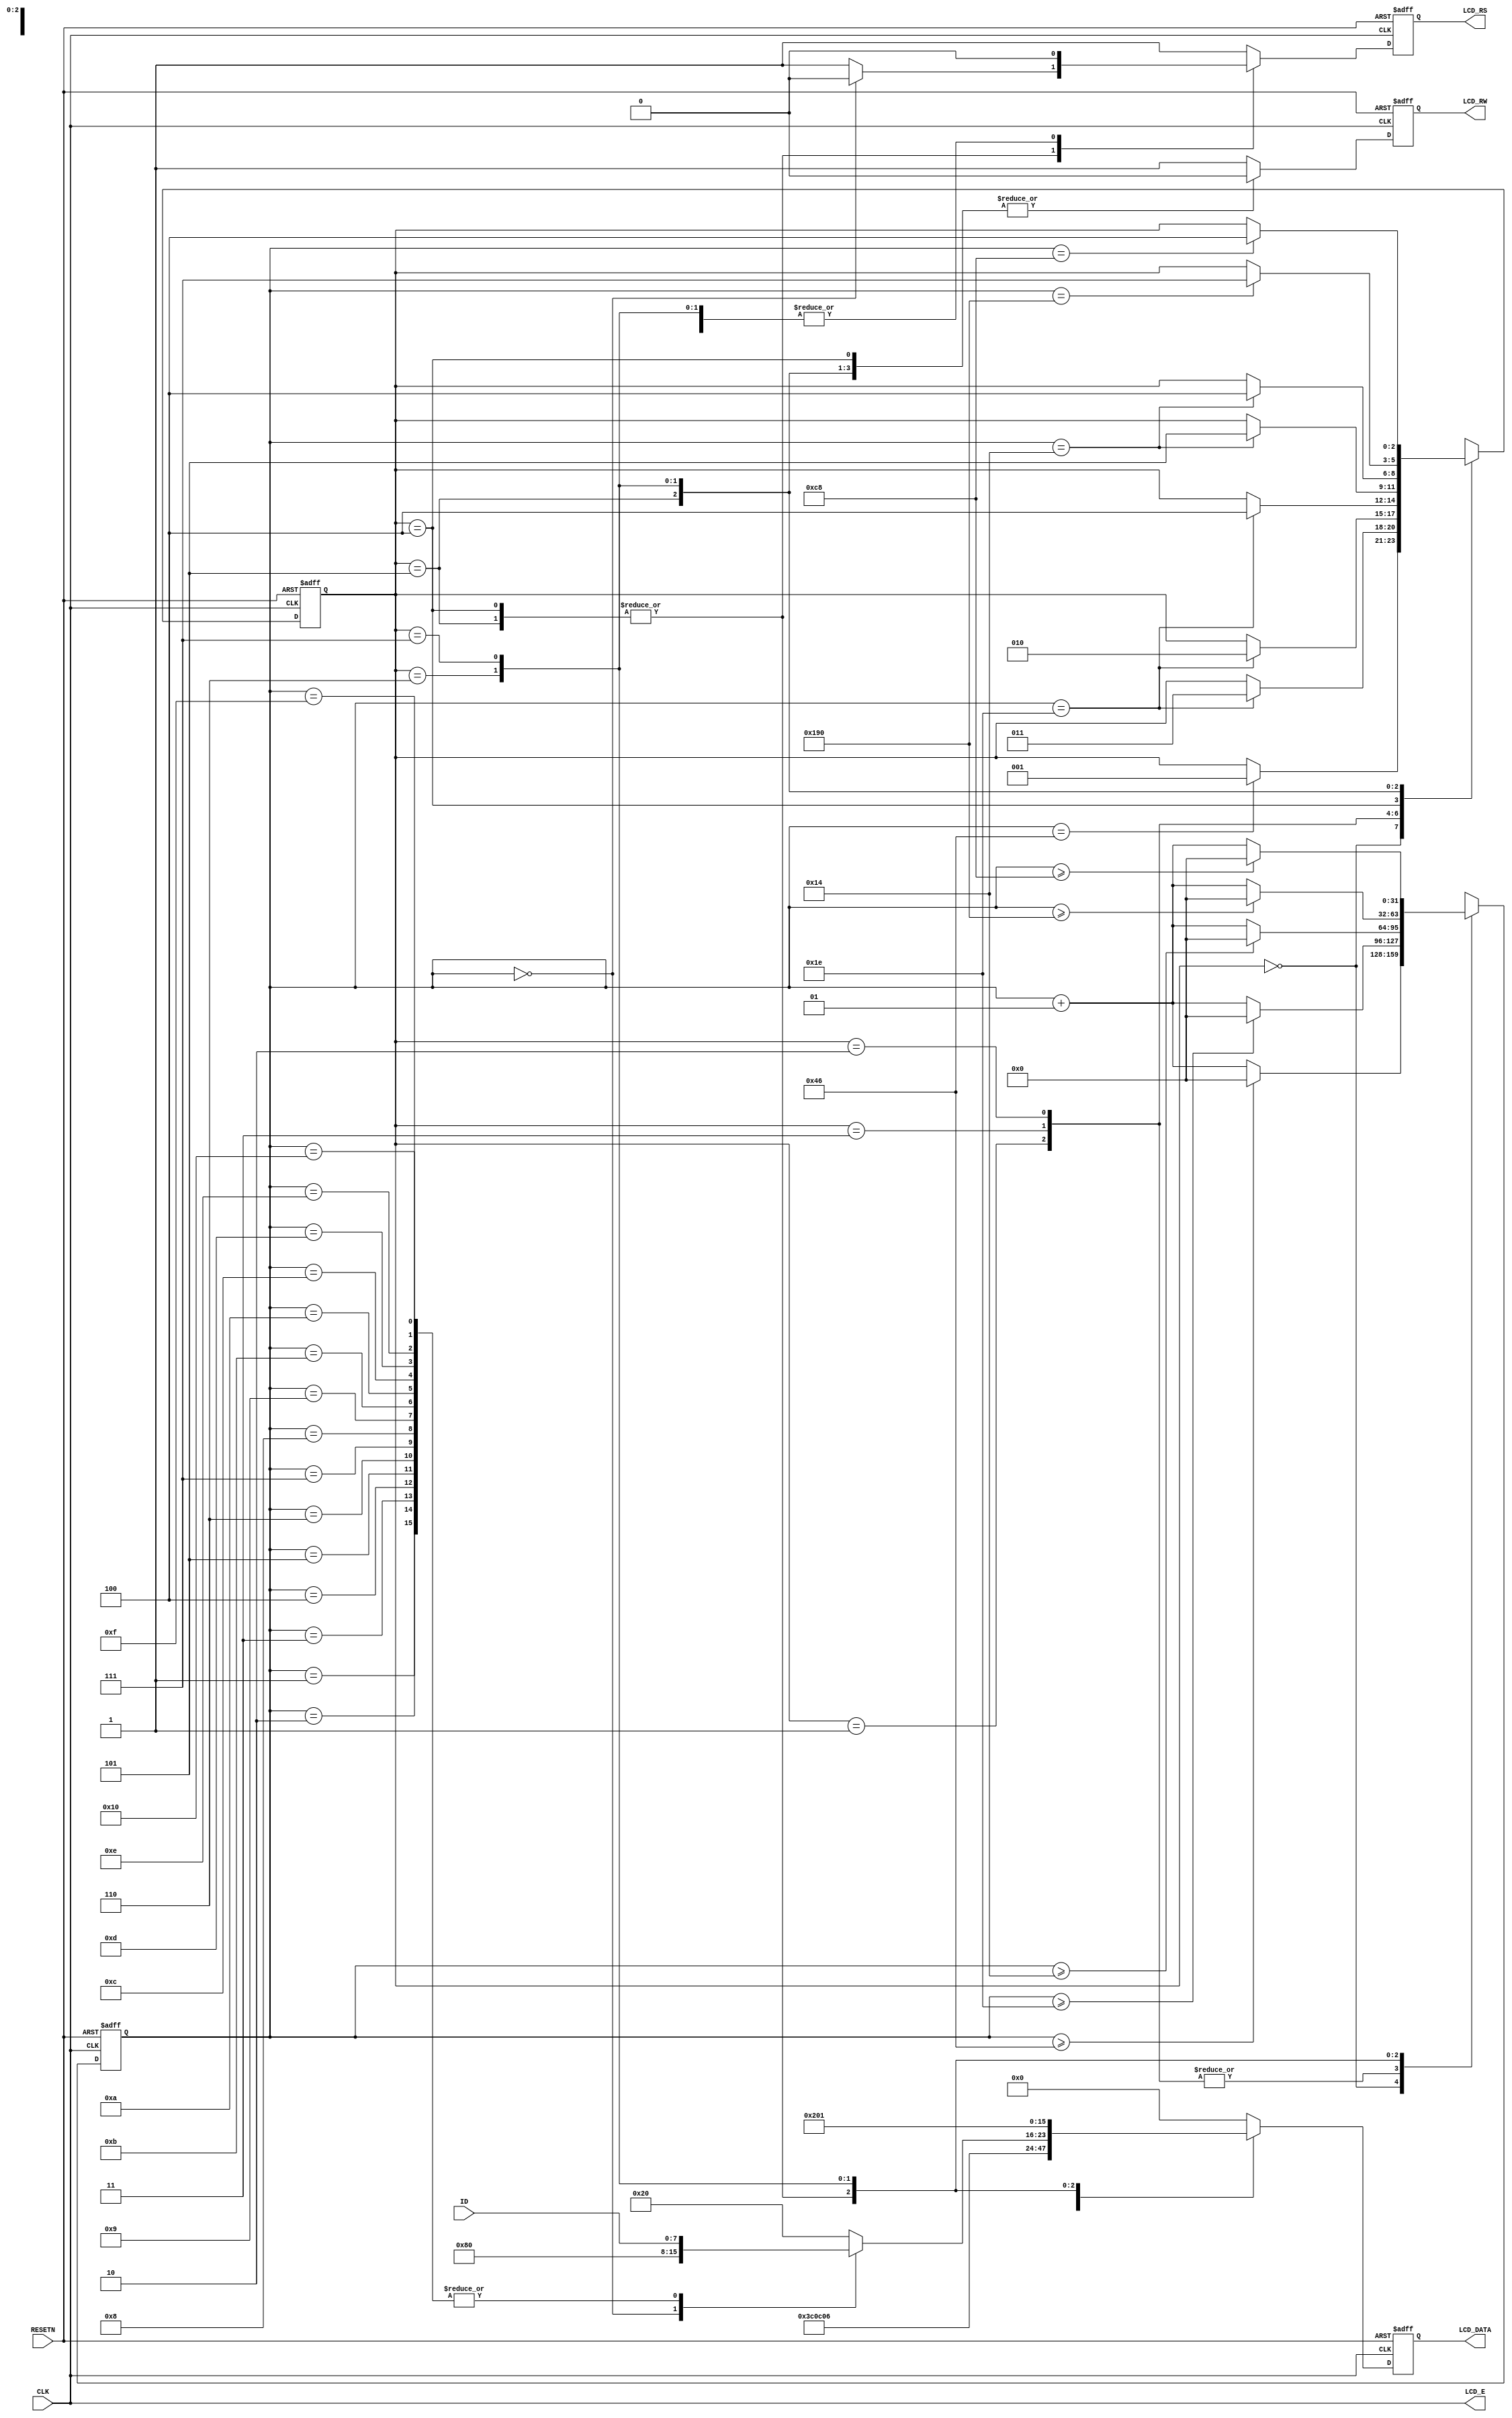
module lcd(
  RESETN, CLK,
  LCD_E, LCD_RS, LCD_RW,
  LCD_DATA, ID
);

input RESETN, CLK;
input [7:0] ID;

output LCD_E, LCD_RS, LCD_RW;
output [7:0] LCD_DATA;

wire LCD_E;

reg LCD_RS, LCD_RW;
reg [7:0] LCD_DATA;
reg [2:0] STATE;

parameter DELAY = 3'b000,
          FUNCTION_SET = 3'b001,
          ENTRY_MODE = 3'b010,
          DISP_ONOFF = 3'b011,
          LINE1 = 3'b100,
          LINE2 = 3'b101,
          DELAY_T = 3'b110,
          CLEAR_DISP = 3'b111;

integer CNT;

always @(posedge RESETN or posedge CLK)
begin
  if (RESETN)
    STATE = DELAY;
  else
    begin
    	case (STATE)
    	  DELAY :
    	    if (CNT == 70) STATE = FUNCTION_SET;
    	  FUNCTION_SET :
    	    if (CNT == 30) STATE = DISP_ONOFF;
    	  DISP_ONOFF :
    	    if (CNT == 30) STATE = ENTRY_MODE;
    	  ENTRY_MODE :
    	    if (CNT == 30) STATE = LINE1;
    	  LINE1 :
    	    if (CNT == 20) STATE = LINE2;
    	  LINE2 :
    	    if (CNT == 20) STATE = LINE1;
    	  DELAY_T :
   	    if (CNT == 400) STATE = CLEAR_DISP;
    	  CLEAR_DISP :
    	    if (CNT == 200) STATE = LINE1;
   	  default : STATE = DELAY;
    	endcase
    end
end

always @(posedge RESETN or posedge CLK)
begin
  if (RESETN)
    CNT = 0;
  else
    begin
   	case (STATE)
    	  DELAY :
    	    if (CNT >= 70) CNT = 0;
    	    else CNT = CNT + 1;
    	  FUNCTION_SET :
    	    if (CNT >= 30) CNT = 0;
    	    else CNT = CNT + 1;
    	  DISP_ONOFF :
    	    if (CNT >= 30) CNT = 0;
   	      else CNT = CNT + 1;
   	    ENTRY_MODE :
    	    if (CNT >= 30) CNT = 0;
   	      else CNT = CNT + 1;
    	  LINE1 :
   	      if (CNT >= 20) CNT = 0;
    	    else CNT = CNT + 1;
    	  LINE2 :
   	      if (CNT >= 20) CNT = 0;
    	    else CNT = CNT + 1;
    	  DELAY_T :
   	      if (CNT >= 400) CNT = 0;
    	    else CNT = CNT + 1;
    	  CLEAR_DISP :
    	    if (CNT >= 200) CNT = 0;
    	    else CNT = CNT + 1;
    	  default : CNT = 0;
    	endcase
    end
end

always @(posedge RESETN or posedge CLK)
begin
  if (RESETN)
    begin
      LCD_RS = 1'b1;
      LCD_RW = 1'b1;
      LCD_DATA = 8'b00000000;
    end
  else
    begin
    	case (STATE)
    	  FUNCTION_SET :
    	    begin
  	        LCD_RS = 1'b0;
    	      LCD_RW = 1'b0;
    	      LCD_DATA = 8'b00111100;
    	    end
    	  DISP_ONOFF :
    	    begin
    	      LCD_RS = 1'b0;
    	      LCD_RW = 1'b0;
    	      LCD_DATA = 8'b00001100;
    	    end
    	  ENTRY_MODE :
    	    begin
    	      LCD_RS = 1'b0;
    	      LCD_RW = 1'b0;
    	      LCD_DATA = 8'b00000110;
    	    end
    	  LINE1 :
    	    begin
    	      LCD_RW = 1'b0;
    	      case (CNT)
    	        0 :
    	          begin
    	            LCD_RS = 1'b0;
    	            LCD_DATA = 8'b10000000;
    	          end
    	        1 :
    	          begin
    	            LCD_RS = 1'b1;
    	            LCD_DATA = ID; // C
    	          end
    	        2 :
    	          begin
    	            LCD_RS = 1'b1;
    	            LCD_DATA = ID; // C
    	          end
    	        3 :
    	          begin
    	            LCD_RS = 1'b1;
    	            LCD_DATA = ID; // C
    	          end
    	        4 :
    	          begin
    	            LCD_RS = 1'b1;
    	            LCD_DATA = ID; // C
    	          end
    	        5 :
    	          begin
    	            LCD_RS = 1'b1;
    	            LCD_DATA = ID; // C
    	          end
    	        6 :
    	          begin
    	            LCD_RS = 1'b1;
    	            LCD_DATA = ID; // C
    	          end
    	        7 :
    	          begin
    	            LCD_RS = 1'b1;
    	            LCD_DATA = ID; // C
    	          end
    	        8 :
    	          begin
    	            LCD_RS = 1'b1;
    	            LCD_DATA = ID; // C
    	          end
    	        9 :
    	          begin
    	            LCD_RS = 1'b1;
		              LCD_DATA = ID; // C
    	          end
    	        11 :
    	          begin
    	            LCD_RS = 1'b1;
    	            LCD_DATA = ID; // C
    	          end
    	        10 :
    	          begin
    	            LCD_RS = 1'b1;
    	            LCD_DATA = ID; // C
    	          end
    	        12 :
    	          begin
    	            LCD_RS = 1'b1;
    	            LCD_DATA = ID; // C
    	          end
    	        13 :
    	          begin
    	            LCD_RS = 1'b1;
    	            LCD_DATA = ID; // C
    	          end
    	        14 :
    	          begin
    	            LCD_RS = 1'b1;
    	            LCD_DATA = ID; // C
    	          end
    	        15 :
    	          begin
    	            LCD_RS = 1'b1;
    	            LCD_DATA = ID; // C
    	          end
    	        16 :
    	          begin
    	            LCD_RS = 1'b1;
    	            LCD_DATA = ID; // C
    	          end
    	        default :
    	          begin
    	            LCD_RS = 1'b1;
    	            LCD_DATA = 8'b00100000;
    	          end
    	      endcase
   	    end
    	  LINE2 :
    	    begin
    	      LCD_RW = 1'b0;
            case (CNT)
    	        0 :
    	          begin
    	            LCD_RS = 1'b0;
    	            LCD_DATA = 8'b10000000;
    	          end
    	        1 :
    	          begin
    	            LCD_RS = 1'b1;
    	            LCD_DATA = ID; // C
    	          end
    	        2 :
    	          begin
    	            LCD_RS = 1'b1;
    	            LCD_DATA = ID; // C
    	          end
    	        3 :
    	          begin
    	            LCD_RS = 1'b1;
    	            LCD_DATA = ID; // C
    	          end
    	        4 :
    	          begin
    	            LCD_RS = 1'b1;
    	            LCD_DATA = ID; // C
    	          end
    	        5 :
    	          begin
    	            LCD_RS = 1'b1;
    	            LCD_DATA = ID; // C
    	          end
    	        6 :
    	          begin
    	            LCD_RS = 1'b1;
    	            LCD_DATA = ID; // C
    	          end
    	        7 :
    	          begin
    	            LCD_RS = 1'b1;
    	            LCD_DATA = ID; // C
    	          end
    	        8 :
    	          begin
    	            LCD_RS = 1'b1;
    	            LCD_DATA = ID; // C
    	          end
    	        9 :
    	          begin
    	            LCD_RS = 1'b1;
		              LCD_DATA = ID; // C
    	          end
    	        11 :
    	          begin
    	            LCD_RS = 1'b1;
    	            LCD_DATA = ID; // C
    	          end
    	        10 :
    	          begin
    	            LCD_RS = 1'b1;
    	            LCD_DATA = ID; // C
    	          end
    	        12 :
    	          begin
    	            LCD_RS = 1'b1;
    	            LCD_DATA = ID; // C
    	          end
    	        13 :
    	          begin
    	            LCD_RS = 1'b1;
    	            LCD_DATA = ID; // C
    	          end
    	        14 :
    	          begin
    	            LCD_RS = 1'b1;
    	            LCD_DATA = ID; // C
    	          end
    	        15 :
    	          begin
    	            LCD_RS = 1'b1;
    	            LCD_DATA = ID; // C
    	          end
    	        16 :
    	          begin
    	            LCD_RS = 1'b1;
    	            LCD_DATA = ID; // C
    	          end
    	        default :
    	          begin
    	            LCD_RS = 1'b1;
    	            LCD_DATA = 8'b00100000;
                end
              endcase
    	    end
    	  DELAY_T :
    	    begin
    	      LCD_RS = 1'b0;
    	      LCD_RW = 1'b0;
    	      LCD_DATA = 8'b00000010;
    	    end
    	  CLEAR_DISP :
    	    begin
    	      LCD_RS = 1'b0;
    	      LCD_RW = 1'b0;
    	      LCD_DATA = 8'b00000001;
    	    end
    	  default :
    	    begin
              LCD_RS = 1'b1;
              LCD_RW = 1'b1;
              LCD_DATA = 8'b00000000;
            end
       endcase
    end
end
assign LCD_E = CLK;


endmodule